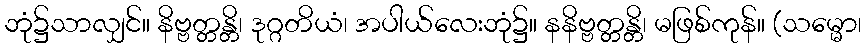
ဘုံ၌သာလျှင်။ နိဗ္ဗတ္တန္တိ၊ ဒုဂ္ဂတိယံ၊ အပါယ်လေးဘုံ၌။ နနိဗ္ဗတ္တန္တိ၊ မဖြစ်ကုန်။ (သမ္မော၊